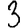
Digit: 3